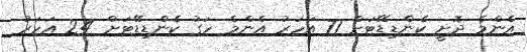
އެންމެ ދޮށީ ކެންޑިޑޭޓަށް 71 އަހަރު އެންމެ ހަގު ކެންޑިޑޭޓަށް 24 އަހަރު